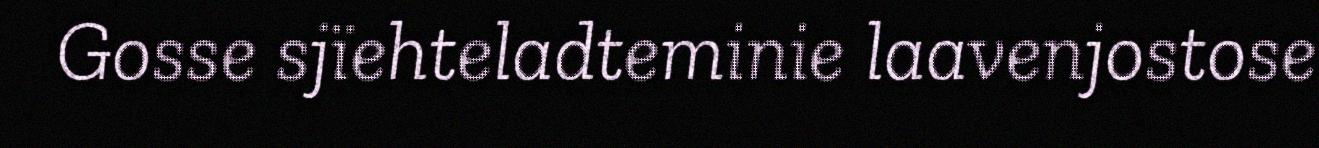
Gosse sjïehteladteminie laavenjostose